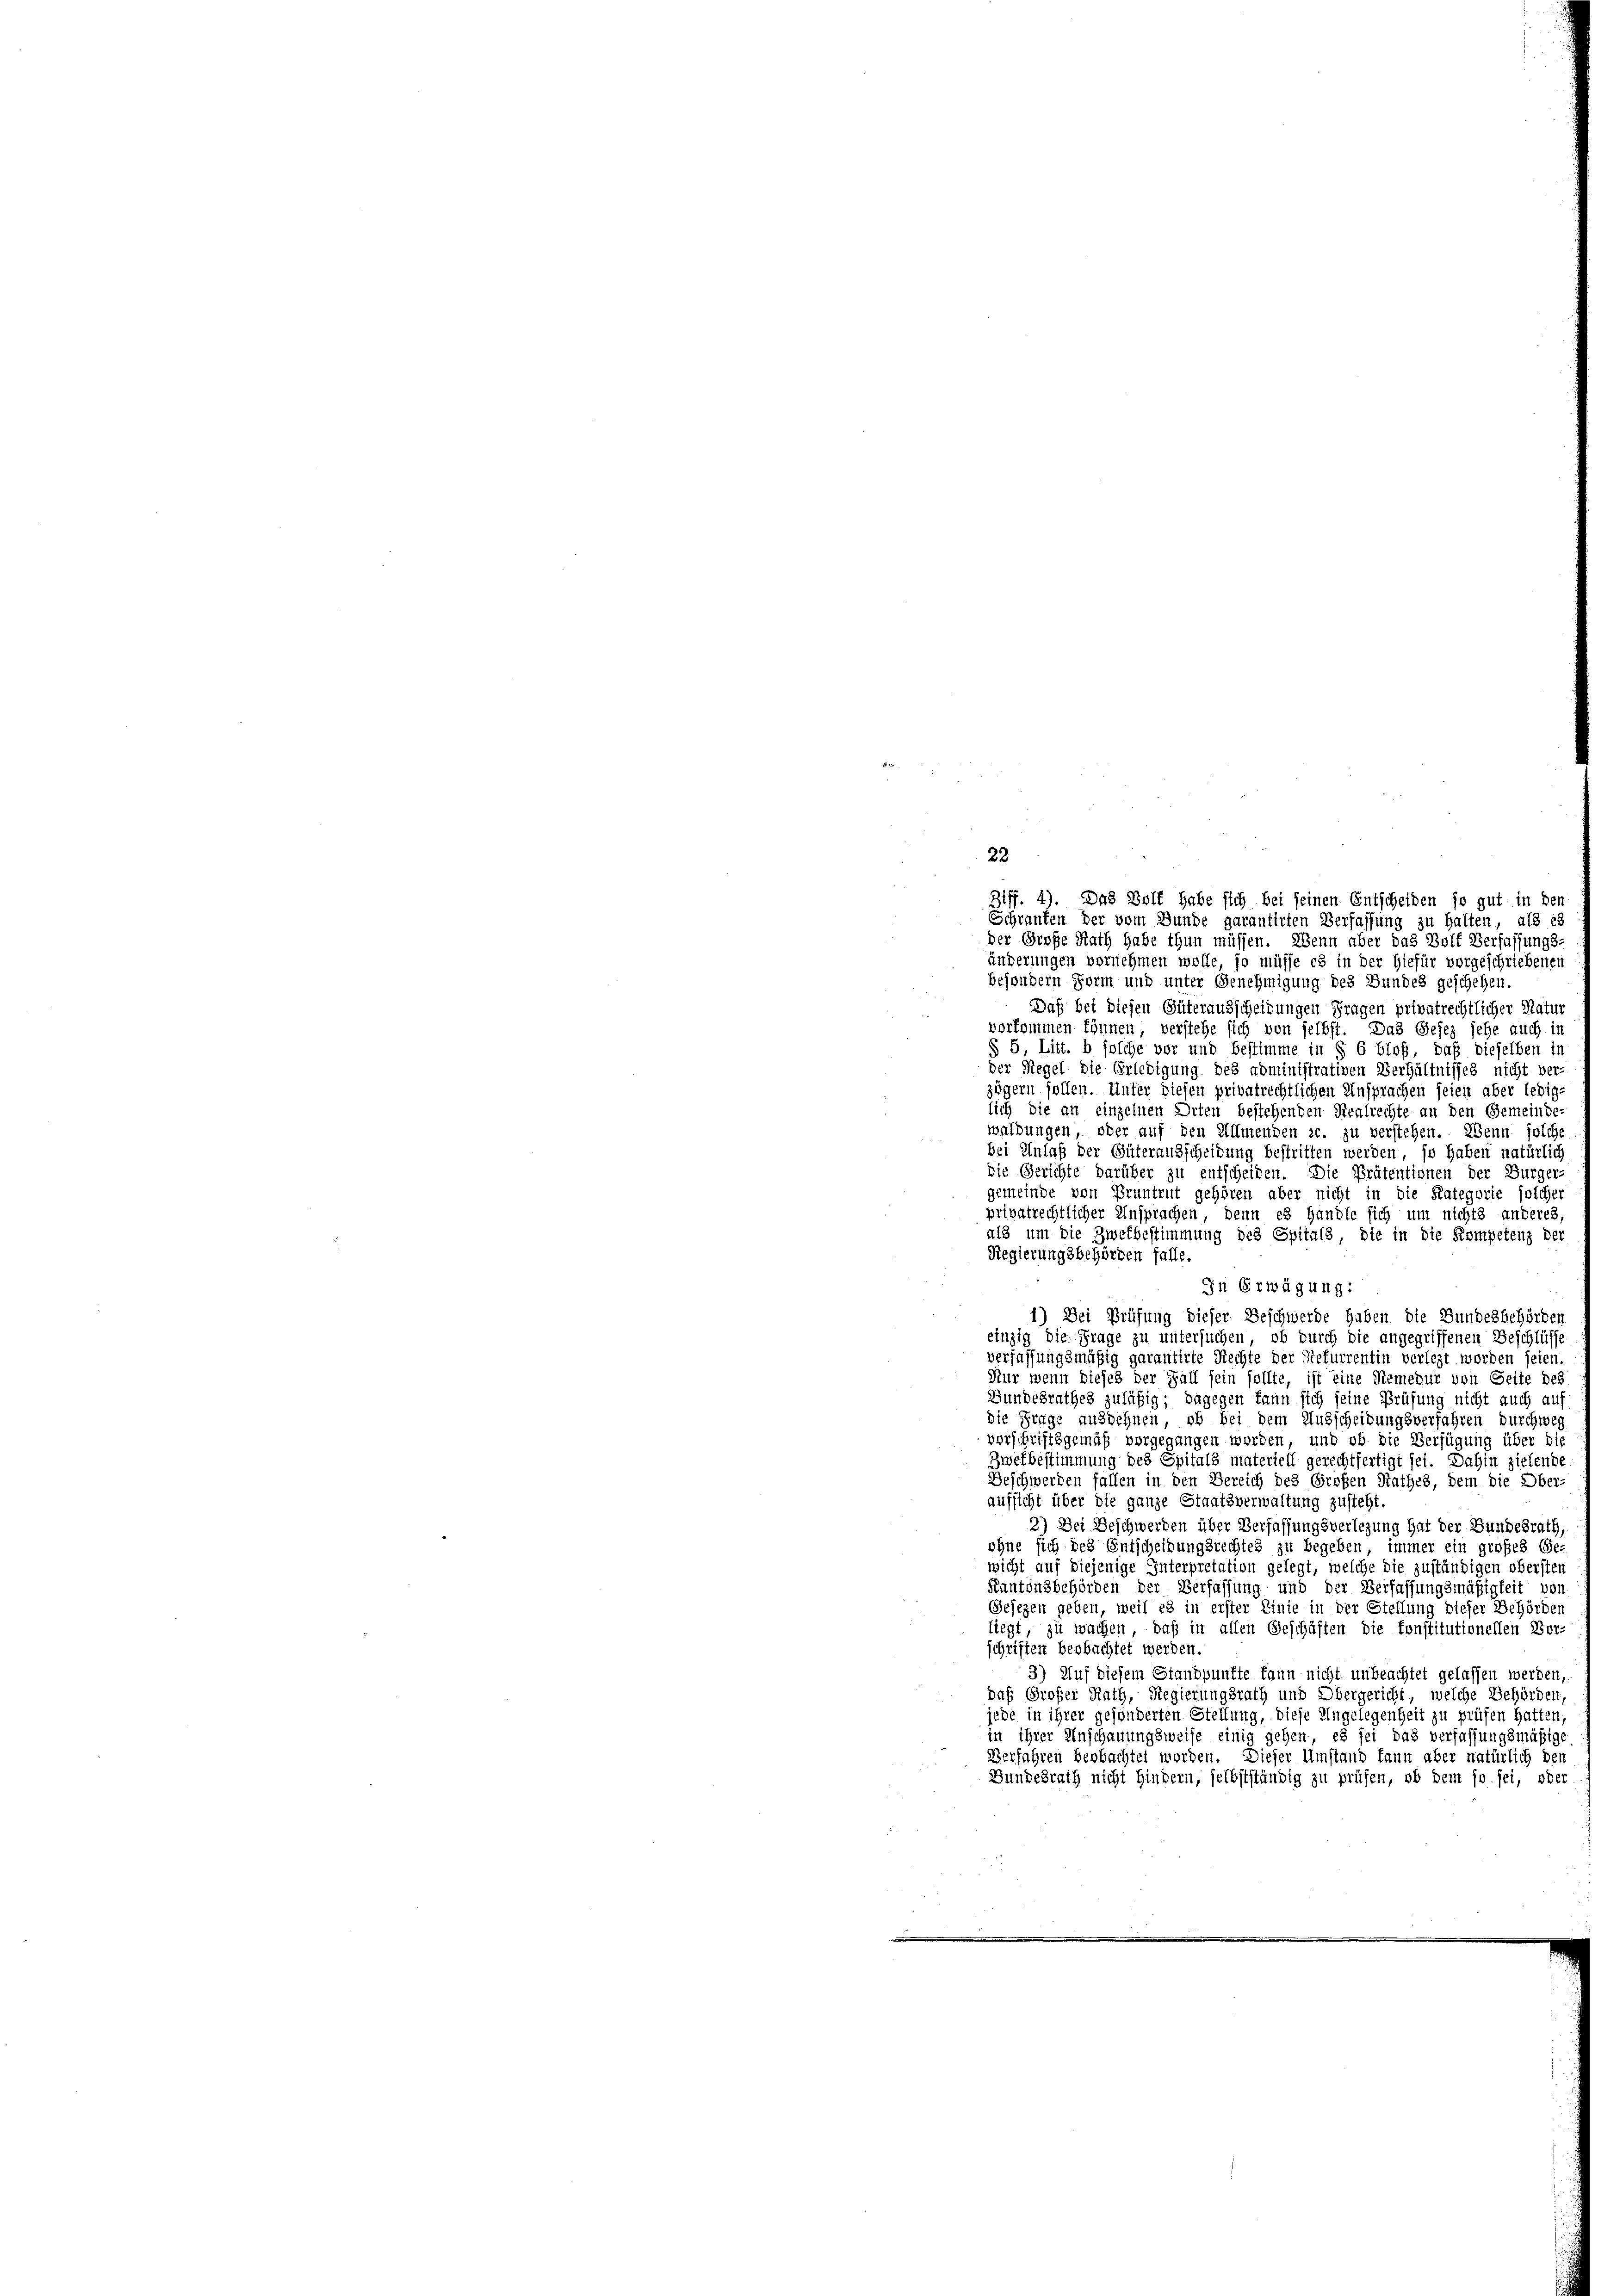
22

iff. 4). Das Wolf habe sich bei seinen Entscheiden so gut in des
Schranken der vom Bunde garantirten Verfassung zu halten, als ei
der Große Rath habe thun müssen. Wenn aber das Wolf Verfassungs-
änderungen vornehmen wolle, so müsse es in der hiefür vorgeschriebenen
besondern Form und unter Genehmigung des Bundes geschehen.
Daß bei diesen Güterausscheidungen Fragen privatrechtlicher Natur
vorkommen können, verstehe sich von selbst. Das Gesez sehe auch in
§ 5, Litt. b solche vor und Bestimme in § 6 bloß, daß dieselben in
der Regel die Erledigung des administrativen Verhältnisses nicht ver-
zögern sollen. Unter diesen privatrechtlichen Ansprachen seien aber ledige
lich die an einzelnen Orten bestehenden Realrechte an den Gemeinde
waldungen, oder auf den Ullmenden sc. zu verstehen. Wenn solche
bei Anlaß der Güterausscheidung bestritten werden, so haben natürlich
Die Gerichte darüber zu entscheiden. Die Prätentionen der Bürger-
gemeinde von Pruntrut gehören aber nicht in die Kategorie solcher
privatrechtlicher Ansprachen, denn es handle sich um nichts anderes
als um die Zwekbestimmung des Spitals, die in die Kompetenz der
Regierungsbehörden falle.
In Erwägung:
1) Der Prüfung dieser Beschwerde haben die Bundesbehörden
einzig die Frage zu untersuchen, ob durch die angegriffenen Beschlüsse
verfassungsmäßig garantirte Rechte der Refurrentin verlegt worden seien.
Nur wenn dieses der Fall sein sollte, ist eine Remedur von Seite des
Bundesrathes zuläßig; dagegen kann sich seine Prüfung nicht auch auf
die Frage ausdehnen, ob bei dem Ausscheidungsverfahren durchweg
verschriftsgemäß vorgegangen worden, und ob die Verfügung über die
Zwefbestimmung des Spitals materiell gerechtfertigt sei. Dahin zielende
Beschwerden fallen in den Bereich des Großen Rathes, dem die Ober
aufsicht über die ganze Staatsverwaltung zusteht.
2) Der Beschwerden über Verfassungsverlegung hat der Bundesrath,
ohne sich des Entscheidungsrechtes zu begeben, immer ein großes Ge-
wicht auf diejenige Interpretation gelegt, welche die zuständigen obersten
Kantonsbehörden der Verfassung und der Verfassungsmäßigkeit vor
Gesezen geben, weil es in erster Linie in der Stellung dieser Behörden
liegt, zu wachen – daß in allen Geschäften die Constitutionellen Vor-
schriften beobachtet werden.
3) Auf diesem Standpunkte kann nicht unbeachtet gelassen werden,
daß Großer Rath, Regierungsrath und Obergericht, welche Behörden,
jede in ihrer gesonderten Stellung, diese Angelegenheit zu prüfen hatten,
in ihrer Anschauungsweise einig gehen, es sei das verfassungsmäßige
Verfahren beobachtet worden. Dieser Umstand kann aber natürlich den
Bundesrath nicht Hindern, selbstständig zu prüfen, ob dem so sei, oder